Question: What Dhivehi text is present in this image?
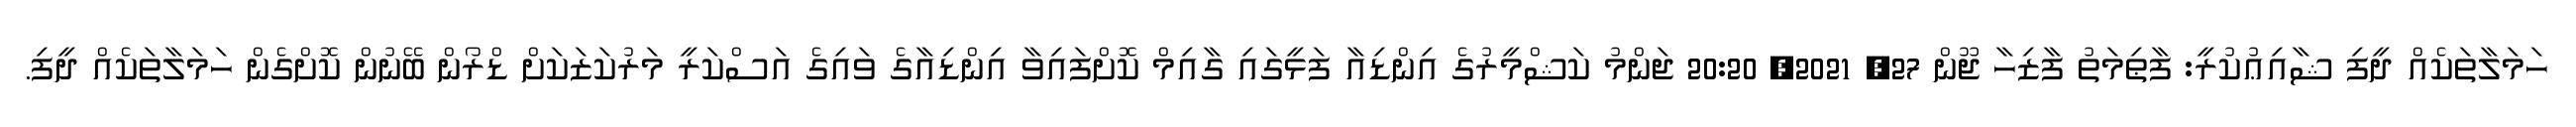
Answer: ހަމަލާތަކެއް ދީފި ޝާއިޢުކުރީ: ފާޠިމަތު ފާޒިހާ ޖޫން 27, 2021, 20:20 ޖަންމު ކަޝްމީރުގެ އިންޑިއާ ފަޅީގައި ގާއިމް ކޮށްފައިވާ އިންޑިއާގެ ވައިގެ އަސްކަރީ މަރުކަޒަކަށް ޑްރޯން ބޭނުން ކޮށްގެން ހަމަލާތަކެއް ދީފި.